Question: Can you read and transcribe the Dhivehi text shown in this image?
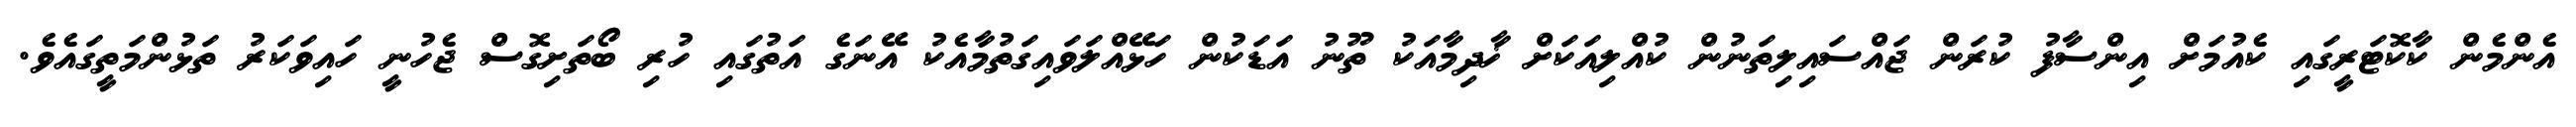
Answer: އެންމެން ކާކޮޓަރީގައި ކެއުމަށް އިންސާފު ކުރަން ޖައްސައިލިތަނުން ކުއްލިއަކަށް ޚާދިމާއަކު ތޫނު އަޑަކުން ހަޅޭއްލަވައިގަތުމާއެކު އޭނަގެ އަތުގައި ހުރި ބޯތަށިގޮސް ޖެހުނީ ހައިވަކަރު ތަޅުންމަތީގައެވެ.